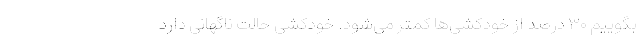
بگوییم ۳۰ درصد از خودکشی‌ها کمتر می‌شود. خودکشی حالت ناگهانی دارد